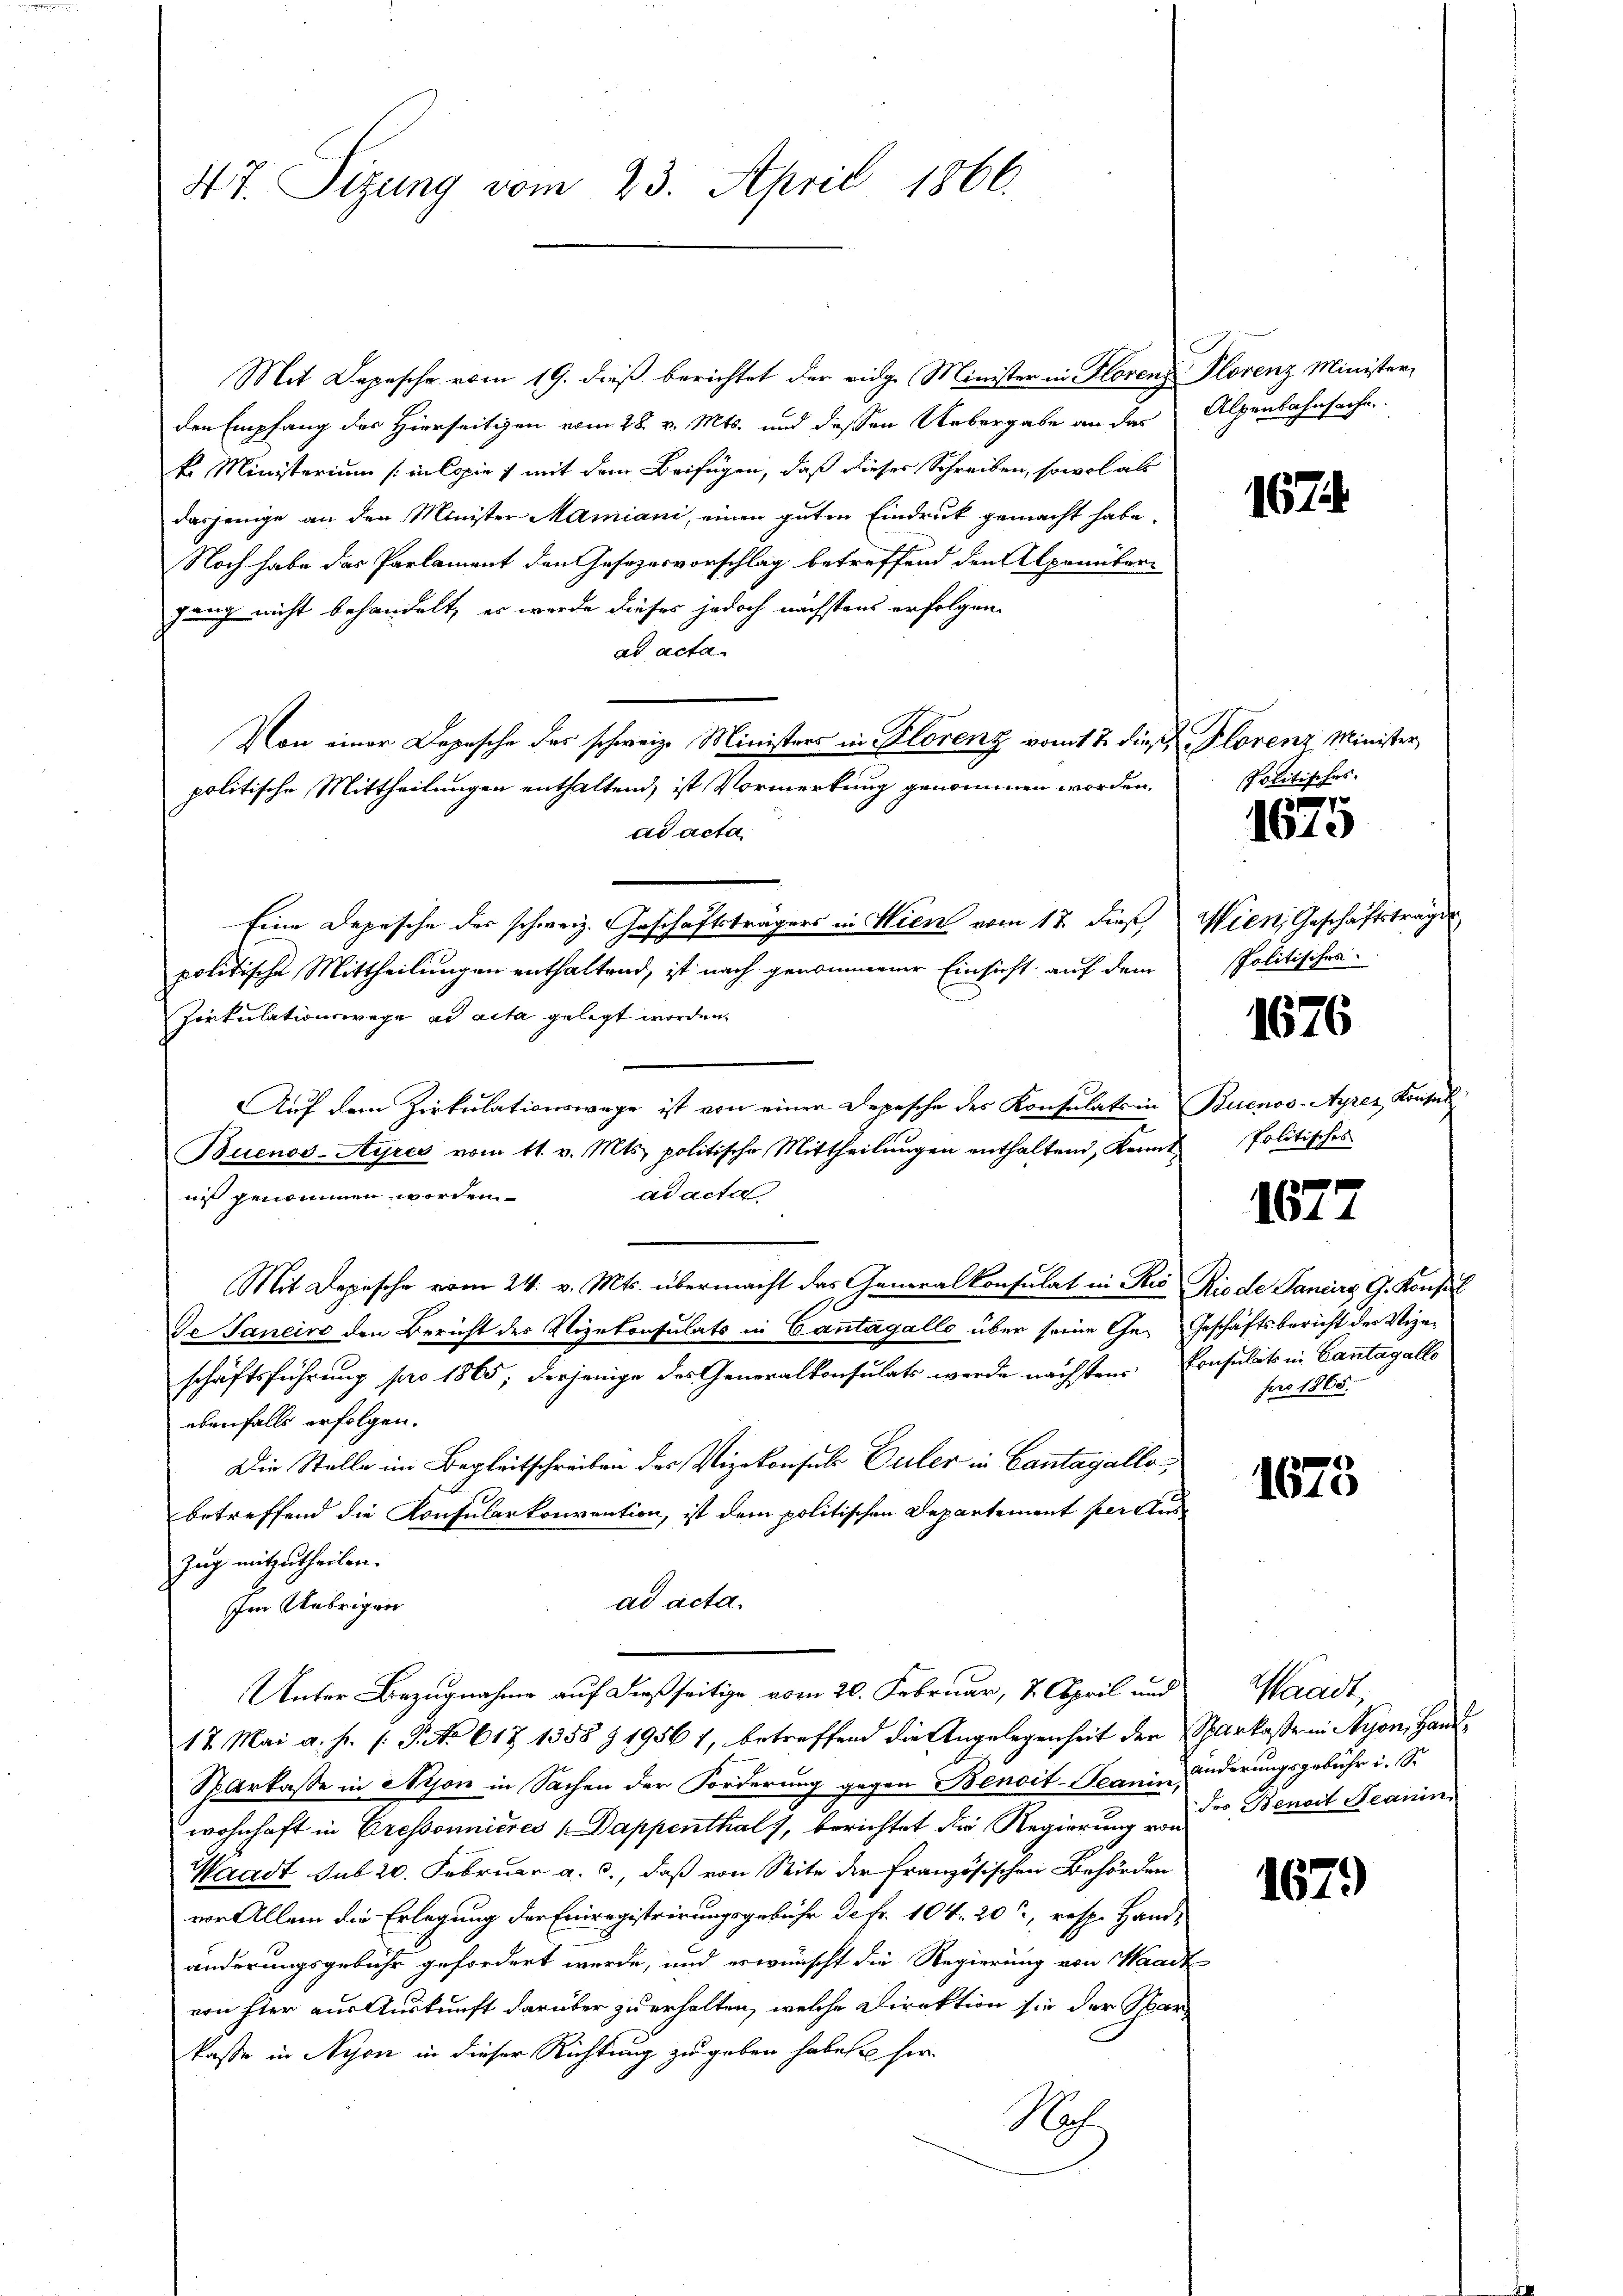
47. Sizung vom 23. April 1866.

Mit Depesche vom 19. dieß berichtet der vidg. Minister in Florenz Plorenz Minister,
den Empfang des Hierseitigen vom 28. v. Mts. und dessen Uebergabe an das
k. Ministerium (in Copie mit dem Beifügen, daß dieser Schreiben, sowol als
dasjenige an den Minister Mamiani, einen guten Eindruck gemacht habe.
Noch habe das Parlament den Gesezesvorschlag betreffend den Alpenüberjauch nicht behandelt, es werde dieses jedoch nächstens erfolgen.
ad acta
Von einer Depesche des schweiz. Ministers in Florenz vom 17. dieß Plorenz Minister
politische Mittheilungen enthaltend, ist Vormerkung genommen worden.
ad acta
Eine Depesche der schweiz. Geschäftsträgers in Wien vom 17. dieß Wien, Geschäftsträger
politische Mittheilungen enthaltend, ist nach genommener Einsicht auf dem
Zirkulationswege ad acta gelegt worden.
Auf dem Zirkulationswege ist von einer Depesche des Konsulats in Buenos-Ayres Konsul
Buenos-Ayres vom 11. v. Mts. politische Mittheilungen enthaltend, Kenntad acta
nis genommen worden.
Mit Depesche vom 24. v. Mts. übermacht das Generalkonsulat in Rio Rio de Paniers G. Konsul
Je Sancirt den Bericht des Vizekonsulats in Cantagallo über seine Ge- Geschäftsbericht der Vize-
schäftsführung pro 1865, derjenige des Generalkonsulats werde nächsten Consulat in Cantagalle
ebenfalls erfolgen.
Die Stelle im Begleitschreiben des Vizekonsuls Puler in Cantagello,
betreffend die Konsularkonvention, ist dem politischen Departement per Aus
Zug mitzutheilen.
ad acta.
Im Uebrigen
Unter Bezugnahme auf dießseitige vom 20. Februar, 7. April und
17 Mai a. f. (: P. No 617 1358 § 1956 1, betreffend die Angelegenheit der Sparkasse in Nyon, Hand¬
Sparkasse in Mison in Sachen der Forderung gegen Benoit-Seanin inderungsgebühr i. S.
wohnhaft in Cressonnieres Dappenthals, berichtet die Regierung von der Benoit Reanin
Waadt sub 20. Februar a. c., daß von Seite der Französischen Behörden
vor Allem die Erlegung der Einregistrirungsgebühr de Fr. 104. 20, resp. Handänderungsgebühr gefordert werde, und es wünscht die Regierung von Waadt
von hier aus Auskunft darüber zu erhalten, welche Direktion sie der Sparkasse in Nyon in dieser Richtung zu geben habe, u. her-
Nach

Alpenbahnsache.

1674.

Politisches.

.
1610

Politisches

1676

Politisches

1677

pro 1865.

1673

Waadt,

1679